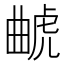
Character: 𰲥